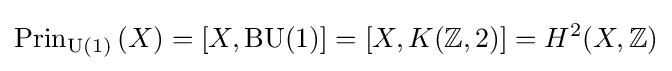
\operatorname {Prin} _{\operatorname {U} (1)}\left(X\right)=[X,\operatorname {BU} (1)]=[X,K(\mathbb {Z} ,2)]=H^{2}(X,\mathbb {Z} )